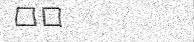
٢٩